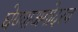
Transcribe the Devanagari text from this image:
घेण्याअगोदरच